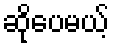
ဆိုပေမယ့်